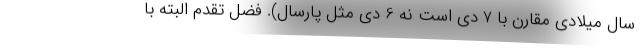
سال میلادی مقارن با 7 دی است نه 6 دی مثل پارسال). فضل تقدم البته با